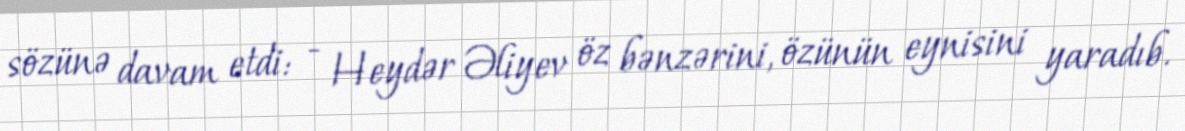
sözünə davam etdi: - Heydər Əliyev öz bənzərini, özünün eynisini yaradıb.